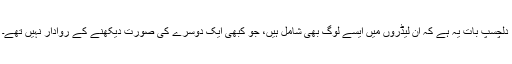
دلچسپ بات یہ ہے کہ ان لیڈروں میں ایسے لوگ بھی شامل ہیں، جو کبھی ایک دوسرے کی صورت دیکھنے کے روادار نہیں تھے۔